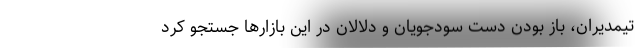
تیمدیران، باز بودن دست سودجویان و دلالان در این بازارها جستجو کرد